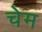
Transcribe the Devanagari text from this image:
चेम